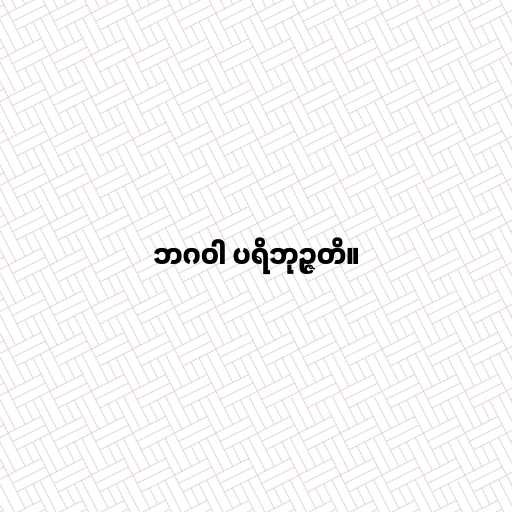
ဘဂဝါ ပရိဘုဉ္ဇတိ။